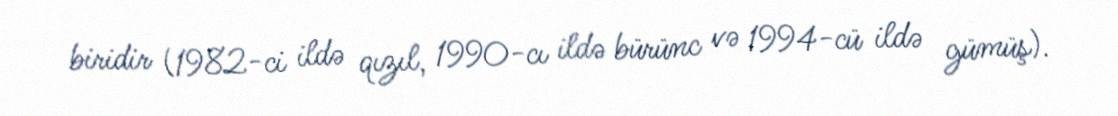
biridir (1982-ci ildə qızıl, 1990-cı ildə bürünc və 1994-cü ildə gümüş).